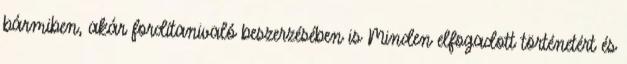
bármiben, akár fordítanivaló beszerzésében is Minden elfogadott történetért és